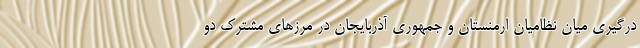
درگیری میان نظامیان ارمنستان و جمهوری آذربایجان در مرزهای مشترک دو